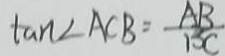
\tan \angle A C B = \frac { A B } { B C }